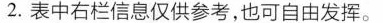
2.表中右栏信息仅供参考,也可自由发挥。